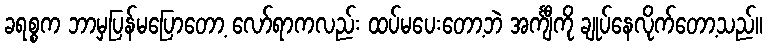
ခရစ္စက ဘာမှပြန်မပြောတော့ လော်ရာကလည်း ထပ်မပေးတော့ဘဲ အင်္ကျီကို ချုပ်နေလိုက်တော့သည်။